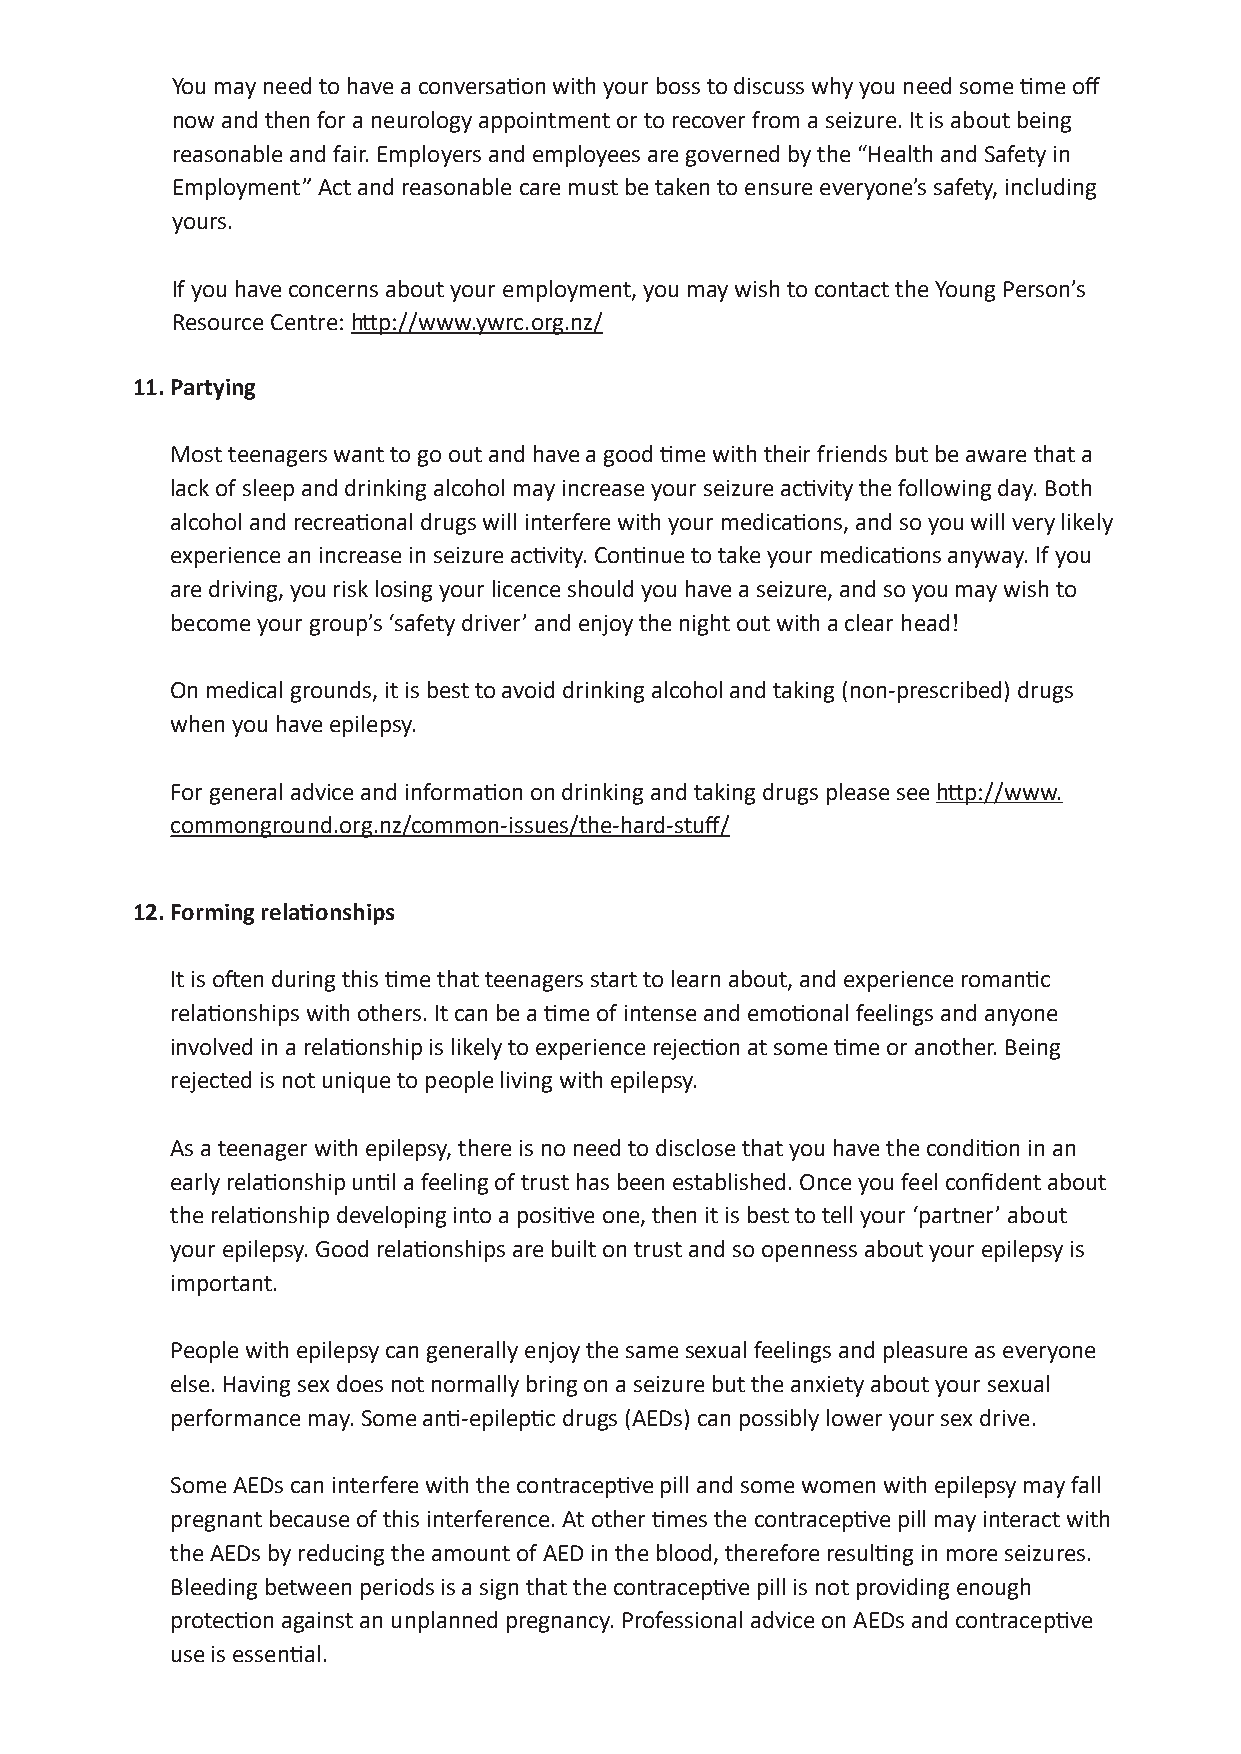
You may need to have a conversation with your boss to discuss why you need some time off
 now and then for a neurology appointment or to recover from a seizure. It is about being
 reasonable and fair. Employers and employees are governed by the “Health and Safety in
 Employment” Act and reasonable care must be taken to ensure everyone’s safety, including
 yours.
 If you have concerns about your employment, you may wish to contact the Young Person’s
 Resource Centre: http://www.ywrc.org.nz/
 11. Partying
 Most teenagers want to go out and have a good time with their friends but be aware that a
 lack of sleep and drinking alcohol may increase your seizure activity the following day. Both
 alcohol and recreational drugs will interfere with your medications, and so you will very likely
 experience an increase in seizure activity. Continue to take your medications anyway. If you
 are driving, you risk losing your licence should you have a seizure, and so you may wish to
 become your group’s ‘safety driver’ and enjoy the night out with a clear head!
 On medical grounds, it is best to avoid drinking alcohol and taking (non-prescribed) drugs
 when you have epilepsy.
 For general advice and information on drinking and taking drugs please see http://www.
 commonground.org.nz/common-issues/the-hard-stuff/
 12. Forming relationships
 It is often during this time that teenagers start to learn about, and experience romantic
 relationships with others. It can be a time of intense and emotional feelings and anyone
 involved in a relationship is likely to experience rejection at some time or another. Being
 rejected is not unique to people living with epilepsy.
 As a teenager with epilepsy, there is no need to disclose that you have the condition in an
 early relationship until a feeling of trust has been established. Once you feel confident about
 the relationship developing into a positive one, then it is best to tell your ‘partner’ about
 your epilepsy. Good relationships are built on trust and so openness about your epilepsy is
 important.
 People with epilepsy can generally enjoy the same sexual feelings and pleasure as everyone
 else. Having sex does not normally bring on a seizure but the anxiety about your sexual
 performance may. Some anti-epileptic drugs (AEDs) can possibly lower your sex drive.
 Some AEDs can interfere with the contraceptive pill and some women with epilepsy may fall
 pregnant because of this interference. At other times the contraceptive pill may interact with
 the AEDs by reducing the amount of AED in the blood, therefore resulting in more seizures.
 Bleeding between periods is a sign that the contraceptive pill is not providing enough
 protection against an unplanned pregnancy. Professional advice on AEDs and contraceptive
 use is essential.